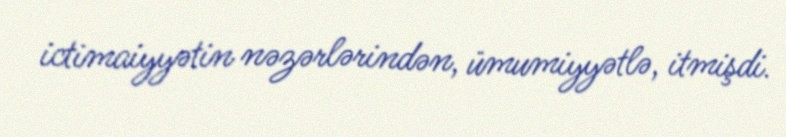
ictimaiyyətin nəzərlərindən, ümumiyyətlə, itmişdi.